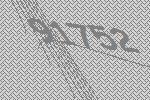
91752